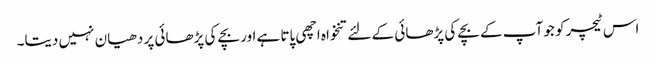
اس ٹیچر کو جو آپ کے بچے کی پڑھائی کے لئے تنخواہ اچھی پاتا ہے اور بچے کی پڑھائی پر دھیان نہیں دیتا۔